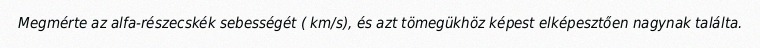
Megmérte az alfa-részecskék sebességét ( km/s), és azt tömegükhöz képest elképesztően nagynak találta.